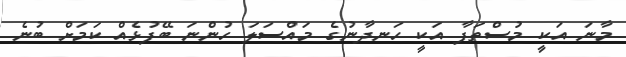
މާނަ އަކީ މުސްތަފާ އަކީ ހަނދާނުގެ މައްސަލަ ހުންނަ ބޭފުޅެއް ކަމަށް ބުނެ